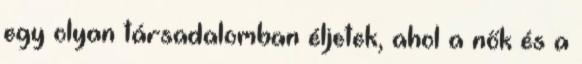
egy olyan társadalomban éljetek, ahol a nők és a